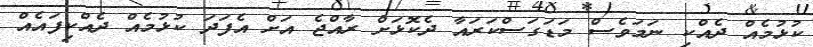
ކުޅުމެއް ދެއްކި ނަމަވެސް މަޑަގަސްކަރައާ ދެކޮޅަށް ރާއްޖެ އަށް އެފަދަ ކުޅުމެއް ދެއްކިފައެއް